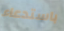
باستدعاء